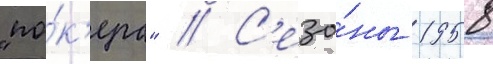
"по́к'ера" // С'езо́ны 1958